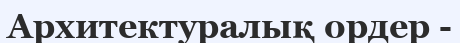
Архитектуралық ордер -